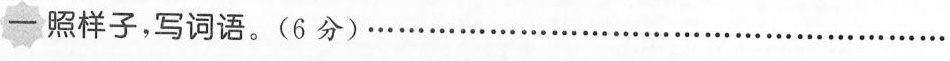
一照样子，写词语。(6分)……